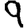
Digit: 9